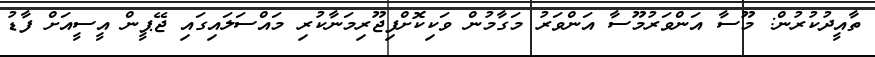
ތާއީދުކުރުން: މޫސާ އަންވަރުމޫސާ އަންވަރު މަގާމުން ވަކިކޮށްފިޖޫރިމަނާކުރި މައްސަލައިގައި ޖޭޕީން އީސީއަށް ފާޑު